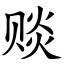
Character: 赕